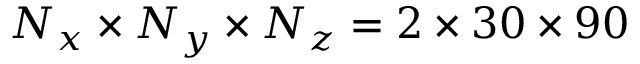
N _ { x } \times N _ { y } \times N _ { z } = 2 \times 3 0 \times 9 0